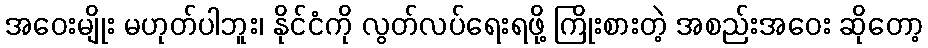
အဝေးမျိုး မဟုတ်ပါဘူး၊ နိုင်ငံကို လွတ်လပ်ရေးရဖို့ ကြိုးစားတဲ့ အစည်းအဝေး ဆိုတော့